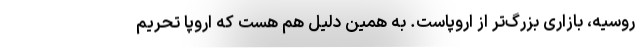
روسیه، بازاری بزرگ‌تر از اروپاست. به همین دلیل هم هست كه اروپا تحریم